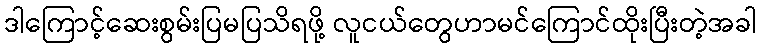
ဒါကြောင့်ဆေးစွမ်းပြမပြသိရဖို့ လူငယ်တွေဟာမင်ကြောင်ထိုးပြီးတဲ့အခါ